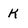
Character: K